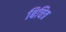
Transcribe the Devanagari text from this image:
बिचित्र